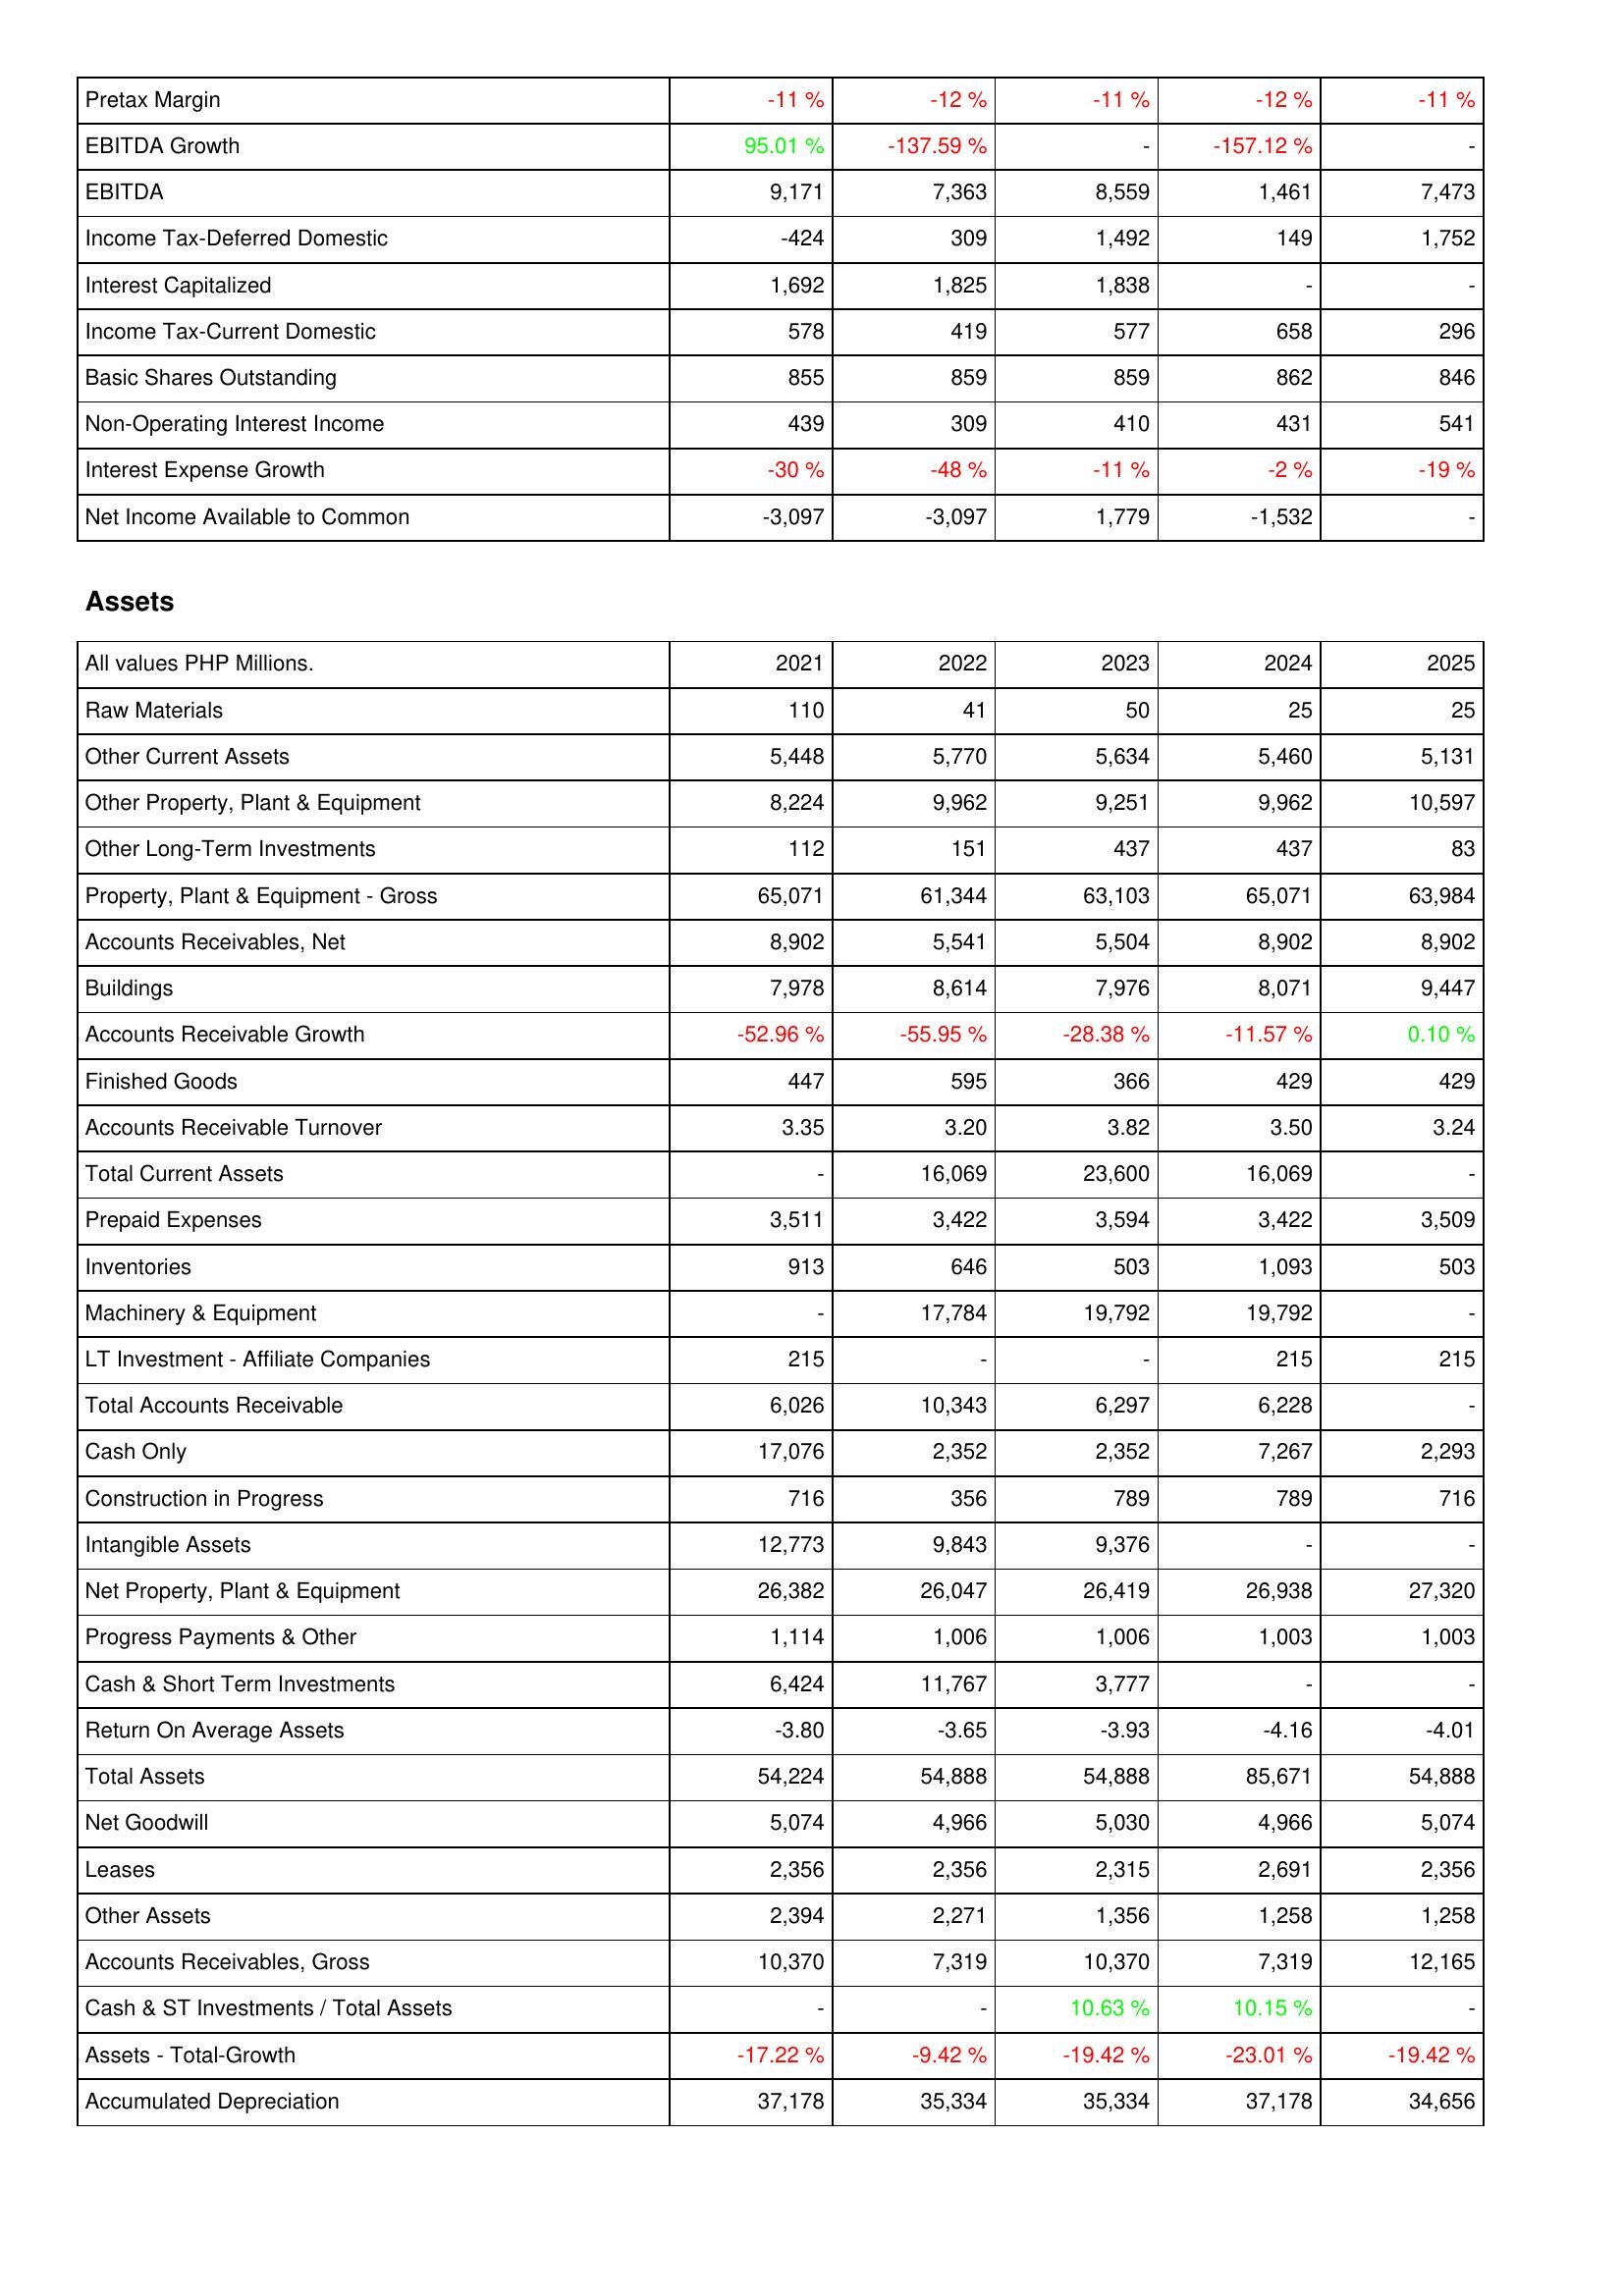
2021: Income Statement: Pretax Margin: -11 %
EBITDA Growth: 95.01 %
EBITDA: 9,171
Income Tax-Deferred Domestic: -424
Interest Capitalized: 1,692
Income Tax-Current Domestic: 578
Basic Shares Outstanding: 855
Non-Operating Interest Income: 439
Interest Expense Growth: -30 %
Net Income Available to Common: -3,097
Assets: Raw Materials: 110
Other Current Assets: 5,448
Other Property, Plant & Equipment: 8,224
Other Long-Term Investments: 112
Property, Plant & Equipment - Gross: 65,071
Accounts Receivables, Net: 8,902
Buildings: 7,978
Accounts Receivable Growth: -52.96 %
Finished Goods: 447
Accounts Receivable Turnover: 3.35
Total Current Assets: -
Prepaid Expenses: 3,511
Inventories: 913
Machinery & Equipment: -
LT Investment - Affiliate Companies: 215
Total Accounts Receivable: 6,026
Cash Only: 17,076
Construction in Progress: 716
Intangible Assets: 12,773
Net Property, Plant & Equipment: 26,382
Progress Payments & Other: 1,114
Cash & Short Term Investments: 6,424
Return On Average Assets: -3.80
Total Assets: 54,224
Net Goodwill: 5,074
Leases: 2,356
Other Assets: 2,394
Accounts Receivables, Gross: 10,370
Cash & ST Investments / Total Assets: -
Assets - Total-Growth: -17.22 %
Accumulated Depreciation: 37,178
2022: Income Statement: Pretax Margin: -12 %
EBITDA Growth: -137.59 %
EBITDA: 7,363
Income Tax-Deferred Domestic: 309
Interest Capitalized: 1,825
Income Tax-Current Domestic: 419
Basic Shares Outstanding: 859
Non-Operating Interest Income: 309
Interest Expense Growth: -48 %
Net Income Available to Common: -3,097
Assets: Raw Materials: 41
Other Current Assets: 5,770
Other Property, Plant & Equipment: 9,962
Other Long-Term Investments: 151
Property, Plant & Equipment - Gross: 61,344
Accounts Receivables, Net: 5,541
Buildings: 8,614
Accounts Receivable Growth: -55.95 %
Finished Goods: 595
Accounts Receivable Turnover: 3.20
Total Current Assets: 16,069
Prepaid Expenses: 3,422
Inventories: 646
Machinery & Equipment: 17,784
LT Investment - Affiliate Companies: -
Total Accounts Receivable: 10,343
Cash Only: 2,352
Construction in Progress: 356
Intangible Assets: 9,843
Net Property, Plant & Equipment: 26,047
Progress Payments & Other: 1,006
Cash & Short Term Investments: 11,767
Return On Average Assets: -3.65
Total Assets: 54,888
Net Goodwill: 4,966
Leases: 2,356
Other Assets: 2,271
Accounts Receivables, Gross: 7,319
Cash & ST Investments / Total Assets: -
Assets - Total-Growth: -9.42 %
Accumulated Depreciation: 35,334
2023: Income Statement: Pretax Margin: -11 %
EBITDA Growth: -
EBITDA: 8,559
Income Tax-Deferred Domestic: 1,492
Interest Capitalized: 1,838
Income Tax-Current Domestic: 577
Basic Shares Outstanding: 859
Non-Operating Interest Income: 410
Interest Expense Growth: -11 %
Net Income Available to Common: 1,779
Assets: Raw Materials: 50
Other Current Assets: 5,634
Other Property, Plant & Equipment: 9,251
Other Long-Term Investments: 437
Property, Plant & Equipment - Gross: 63,103
Accounts Receivables, Net: 5,504
Buildings: 7,976
Accounts Receivable Growth: -28.38 %
Finished Goods: 366
Accounts Receivable Turnover: 3.82
Total Current Assets: 23,600
Prepaid Expenses: 3,594
Inventories: 503
Machinery & Equipment: 19,792
LT Investment - Affiliate Companies: -
Total Accounts Receivable: 6,297
Cash Only: 2,352
Construction in Progress: 789
Intangible Assets: 9,376
Net Property, Plant & Equipment: 26,419
Progress Payments & Other: 1,006
Cash & Short Term Investments: 3,777
Return On Average Assets: -3.93
Total Assets: 54,888
Net Goodwill: 5,030
Leases: 2,315
Other Assets: 1,356
Accounts Receivables, Gross: 10,370
Cash & ST Investments / Total Assets: 10.63 %
Assets - Total-Growth: -19.42 %
Accumulated Depreciation: 35,334
2024: Income Statement: Pretax Margin: -12 %
EBITDA Growth: -157.12 %
EBITDA: 1,461
Income Tax-Deferred Domestic: 149
Interest Capitalized: -
Income Tax-Current Domestic: 658
Basic Shares Outstanding: 862
Non-Operating Interest Income: 431
Interest Expense Growth: -2 %
Net Income Available to Common: -1,532
Assets: Raw Materials: 25
Other Current Assets: 5,460
Other Property, Plant & Equipment: 9,962
Other Long-Term Investments: 437
Property, Plant & Equipment - Gross: 65,071
Accounts Receivables, Net: 8,902
Buildings: 8,071
Accounts Receivable Growth: -11.57 %
Finished Goods: 429
Accounts Receivable Turnover: 3.50
Total Current Assets: 16,069
Prepaid Expenses: 3,422
Inventories: 1,093
Machinery & Equipment: 19,792
LT Investment - Affiliate Companies: 215
Total Accounts Receivable: 6,228
Cash Only: 7,267
Construction in Progress: 789
Intangible Assets: -
Net Property, Plant & Equipment: 26,938
Progress Payments & Other: 1,003
Cash & Short Term Investments: -
Return On Average Assets: -4.16
Total Assets: 85,671
Net Goodwill: 4,966
Leases: 2,691
Other Assets: 1,258
Accounts Receivables, Gross: 7,319
Cash & ST Investments / Total Assets: 10.15 %
Assets - Total-Growth: -23.01 %
Accumulated Depreciation: 37,178
2025: Income Statement: Pretax Margin: -11 %
EBITDA Growth: -
EBITDA: 7,473
Income Tax-Deferred Domestic: 1,752
Interest Capitalized: -
Income Tax-Current Domestic: 296
Basic Shares Outstanding: 846
Non-Operating Interest Income: 541
Interest Expense Growth: -19 %
Net Income Available to Common: -
Assets: Raw Materials: 25
Other Current Assets: 5,131
Other Property, Plant & Equipment: 10,597
Other Long-Term Investments: 83
Property, Plant & Equipment - Gross: 63,984
Accounts Receivables, Net: 8,902
Buildings: 9,447
Accounts Receivable Growth: 0.10 %
Finished Goods: 429
Accounts Receivable Turnover: 3.24
Total Current Assets: -
Prepaid Expenses: 3,509
Inventories: 503
Machinery & Equipment: -
LT Investment - Affiliate Companies: 215
Total Accounts Receivable: -
Cash Only: 2,293
Construction in Progress: 716
Intangible Assets: -
Net Property, Plant & Equipment: 27,320
Progress Payments & Other: 1,003
Cash & Short Term Investments: -
Return On Average Assets: -4.01
Total Assets: 54,888
Net Goodwill: 5,074
Leases: 2,356
Other Assets: 1,258
Accounts Receivables, Gross: 12,165
Cash & ST Investments / Total Assets: -
Assets - Total-Growth: -19.42 %
Accumulated Depreciation: 34,656